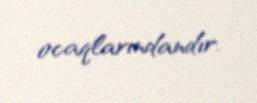
ocaqlarındandır.